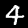
Label: 4